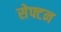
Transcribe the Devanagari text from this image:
सेफ्टन